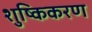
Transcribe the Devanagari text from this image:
शुष्किकरण